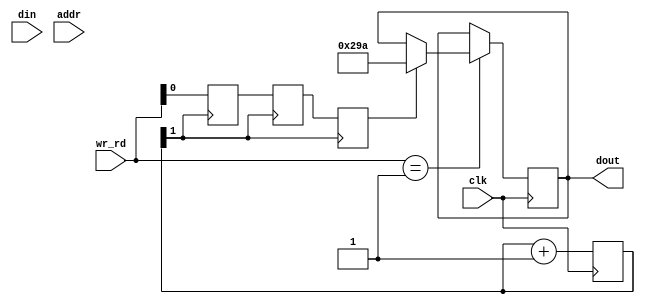
//100M clk 25M ram_clk
//specifically write & read
module wr_rd #(
	parameter DIW = 16,
	parameter DOW = 16,
	parameter ADW = 4

)(
	input clk,// ram_clk
	input [1:0] wr_rd,//wr 2'b10 , rd 2'b01
	input [DIW-1 : 0] din,
	input [ADW-1 : 0] addr,
	output reg [DOW-1 : 0] dout

);
	reg [DIW-1 : 0] din_reg, din_shift;
	reg [ADW-1 : 0] addr_reg, addr_shift;
	reg en, we;
	wire [DOW-1 : 0] dout_0=16'd666;

initial begin
	din_reg = 'b0;
	addr_reg = 'b0;
	dout = 'b0;
	en = 'b0;
	we = 'b0;
end

always@(posedge clk)begin
	din_reg <= din;
	addr_reg <= addr;
end

//count ram_clk 25M
reg [1:0] cnt4;//25M
initial cnt4 = 'b0;
always@(posedge clk) begin
	cnt4 <= cnt4 + 1'b1;
end
wire ram_clk = (cnt4[1]);

//delay chain
reg delay_0;
initial delay_0 = 'b0;
always@(posedge ram_clk)begin
	delay_0 <= wr_rd[0];
end
reg delay_1;
initial delay_1 = 'b0;
always@(posedge ram_clk)begin
	delay_1 <= delay_0;
end
reg delay_2;
initial delay_2 = 'b0;
always@(posedge ram_clk)begin
	delay_2 <= delay_1;
end

//write & read
always@(posedge clk)begin
	case(wr_rd)
	2'b10:begin//wr
		if(cnt4 == 2'b11) begin//negedge clk_ram
			din_shift <= 'b0;
			addr_shift <= 'b0;
			en <= 'b0;
			we <= 'b0;
		
		end
		else if(cnt4 == 2'b0) begin
			din_shift <= din_reg;
			addr_shift <= addr_reg;
			en <= 1'b1;
			we <= 1'b1;

		end
	end
	2'b01:begin//rd
		din_shift <= 'b0;
		we <= 'b0;
		if(cnt4 == 2'b0)begin
			addr_shift <= addr_reg;
			en <= 1'b1;
		end
		
		if(delay_2)begin
			dout <= dout_0;
//			en <= 'b0;
		end
		if(cnt4 == 2'd2)begin
		if(!delay_2)	en <= 'b0;
		end
	end
	2'b0:begin
		din_shift <= 'b0;
		addr_shift <= 'b0;
		en <= 'b0;
		we <= 'b0;
	end
	endcase

end



endmodule